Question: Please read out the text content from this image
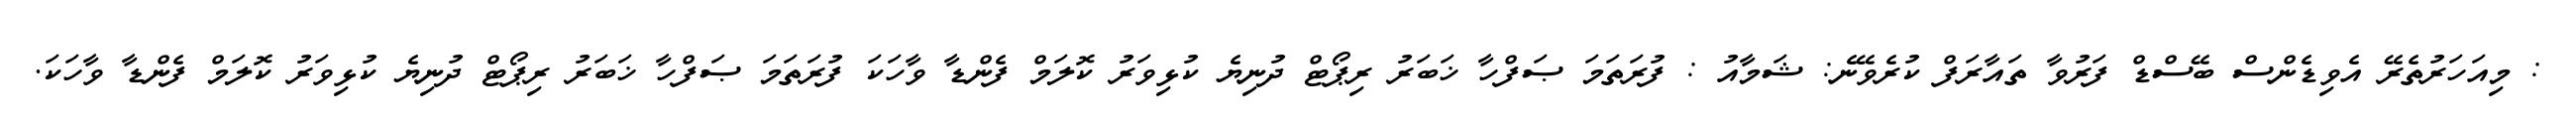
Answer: : މިއަހަރުތެރޭ އެވިޑެންސް ބޭސްޑް ފަރުވާ ތައާރަފް ކުރެވޭނެ: ޝަމާއު : ފުރަތަމަ ޞަފްހާ ޚަބަރު ރިޕޯޓް ދުނިޔެ ކުޅިވަރު ކޮލަމް ފެންޑާ ވާހަކަ ފުރަތަމަ ޞަފްހާ ޚަބަރު ރިޕޯޓް ދުނިޔެ ކުޅިވަރު ކޮލަމް ފެންޑާ ވާހަކަ.